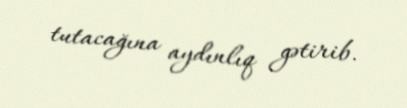
tutacağına aydınlıq gətirib.